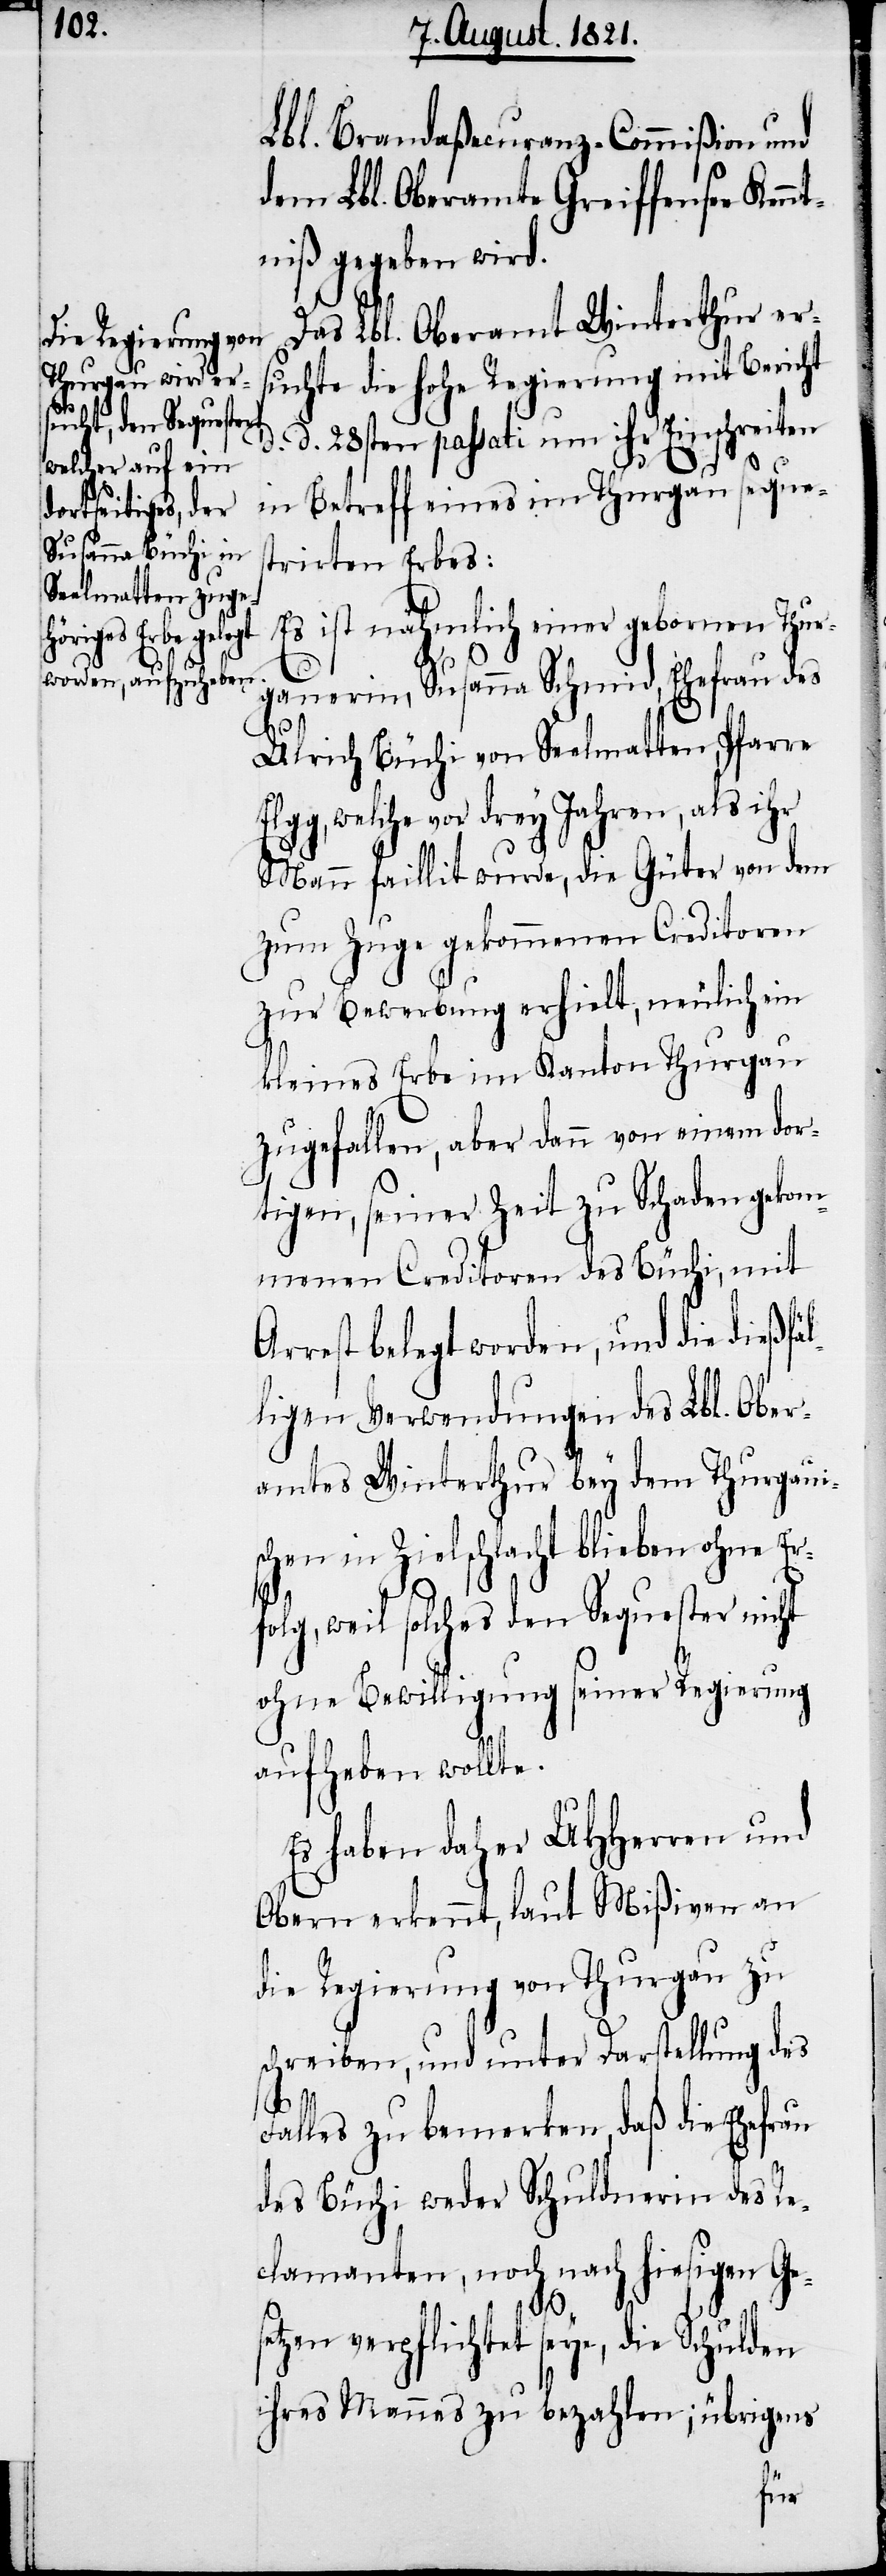
Lbl. Brandaßecuranz-Commißion und
dem Lbl. Oberamte Greiffensee Kennt¬
niß gegeben wir¬
Das Lbl. Oberamt Winterthur er¬
suchte die hohe Regierung mit Bericht
d. 28sten passati um ihr Einschreiten
in Betreff eines im Thurgau seques¬
trirten Erbes:
Es ist nähmlich einer geborenen Thur¬
gauerin, Susanna Schmid, Ehefrau des
dor¬
Ulrich Büchi von Seelmatten, Pfarre
gg, welche vor drey Jahren, als ihr
Mann faillit wurde, die Güter von dem
zum Zuge gekommenen Creditoren
zur Bewerbung erhielt, neulich ein
kleines Erbe im Kanton Thurgau
tigen, seiner Zeit zu Schaden gekom¬
menen Creditoren des Büchi, mit
Arrest belegt worden, und die dießfäl¬
ligen Verwendungen des Lbl. Ober¬
amtes Winterthur bey dem Thurgauis¬
chen in Zielschlacht blieben ohne Er¬
folg, weil solches den Sequester nicht
ohne Bewilligung seiner Regierung
aufheben wollte.
Es haben daher UHHerren und
Obern erkennt, laut Mißiven an
die Regierung von Thurgau zu
schreiben, und unter Darstellung des
Falles zu bemerken, daß die Ehefrau
des Büchi weder Schuldnerin des Re¬
clamanten, noch nach hiesigen Ge¬
d.
setzen verpflichtet seye, die Schulden
ihres Mannes zu bezahlen; übrigens